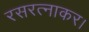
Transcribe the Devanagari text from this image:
रसरत्नाकर।